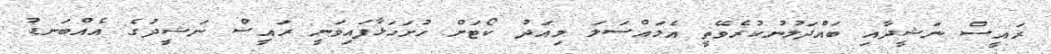
ރައީސް ނަޝީދާއި ބައްދަލުނުކުރެވޭތީ އެމައްސަލަ މިއަދު ކޯޓަށް ހުށަހަޅާފައިވަނީ ރައީސް ނަޝީދުގެ އެއްބަނޑު